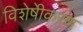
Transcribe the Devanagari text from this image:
विशेषीेकरण